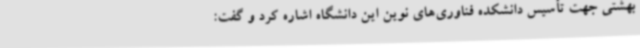
بهشتی جهت تأسیس دانشکده فناوری‌های نوین این دانشگاه اشاره کرد و گفت: